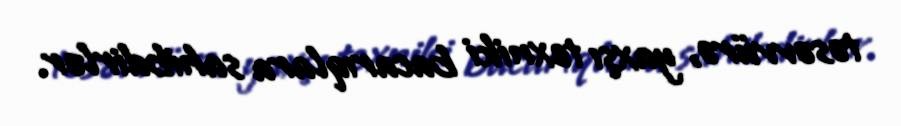
təsəvvürə, yaxşı texniki bacarıqlara sahibdirlər.